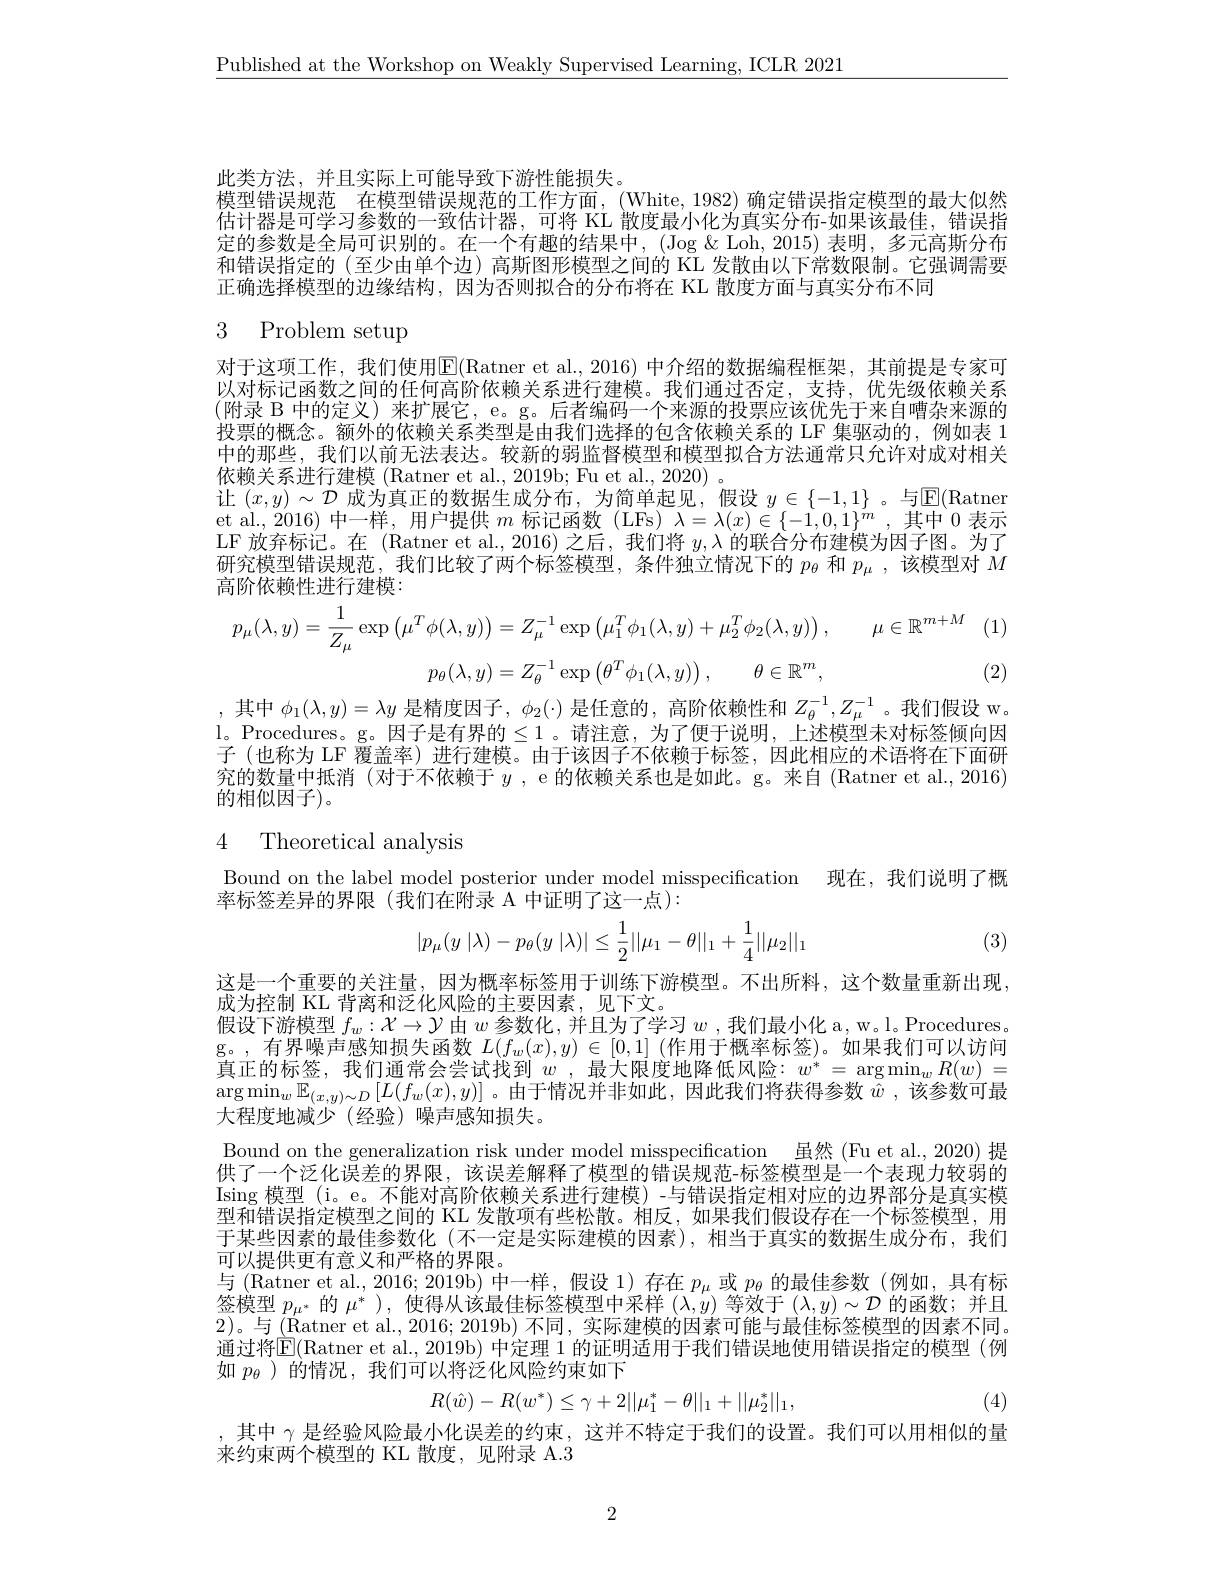
$\underline{\text{Published at the Workshop on Weakly Supervised Learning, ICLR 2021}}$

此类方法，并且实际上可能导致下游性能损失。
模型错误规范 在模型错误规范的工作方面，(White,1982)确定错误指定模型的最大似然估计器是可学习参数的一致估计器，可将 KL 散度最小化为真实分布-如果该最佳，错误指定的参数是全局可识别的。在一个有趣的结果中，(Jog & Loh, 2015) 表明，多元高斯分布和错误指定的(至少由单个边)高斯图形模型之间的 KL 发散由以下常数限制。它强调需要正确选择模型的边缘结构，因为否则拟合的分布将在 KL 散度方面与真实分布不同

# 3 Problem setup

对于这项工作，我们使用$\mathbb{E}($Ratner et al.,2016)中介绍的数据编程框架，其前提是专家可以对标记函数之间的任何高阶依赖关系进行建模。我们通过否定，支持，优先级依赖关系(附录 B 中的定义) 来扩展它，e。g。后者编码一个来源的投票应该优先于来自嘈杂来源的投票的概念。额外的依赖关系类型是由我们选择的包含依赖关系的 LF 集驱动的，例如表 1中的那些，我们以前无法表达。较新的弱监督模型和模型拟合方法通常只允许对成对相关依赖关系进行建模 (Ratner et al., 2019b; Fu et al., 2020) 。
让$(x,y)\sim\mathcal{D}$成为真正的数据生成分布，为简单起见，假设$y\in\{-1,1\}$ 。与$\mathbb{E}($Ratner et al., 2016) 中一样，用户提供$m$标记函数 (LFs) $\lambda=\lambda(x)\in\{-1,0,1\}^m$,其中0表示LF 放弃标记。在 (Ratner et al.,2016) 之后，我们将$y,\lambda$的联合分布建模为因子图。为了研究模型错误规范，我们比较了两个标签模型，条件独立情况下的$p_{\theta}$和$p_\mathrm{\mu}$ ,该模型对$M$ 高阶依赖性进行建模：
$$\mu(\lambda,y)=\frac{1}{Z_{\mu}}\exp\left(\mu^{T}\phi(\lambda,y)\right)=Z_{\mu}^{-1}\exp\left(\mu_{1}^{T}\phi_{1}(\lambda,y)+\mu_{2}^{T}\phi_{2}(\lambda,y)\right),\quad\mu\in\mathbb{R}^{m+M}\\p_{\theta}(\lambda,y)=Z_{\theta}^{-1}\exp\left(\theta^{T}\phi_{1}(\lambda,y)\right),\quad\theta\in\mathbb{R}^{m},$$
(2)

,其中$\phi_1(\lambda,y)=\lambda y$是精度因子，$\phi_2(\cdot)$是任意的，高阶依赖性和$Z_\theta^{-1},Z_\mu^{-1}$ 。我们假设 w。l。Procedures。g。因子是有界的$\leq1$。请注意，为了便于说明，上述模型未对标签倾向因子(也称为 LF 覆盖率) 进行建模。由于该因子不依赖于标签，因此相应的术语将在下面研究的数量中抵消 (对于不依赖于$y$, e 的依赖关系也是如此。g。来自 (Ratner et al., 2016) 的相似因子)。

4 Theoretical analysis

Bound on the label model posterior under model misspecification 现在，我们说明了概
率标签差异的界限(我们在附录 A 中证明了这一点):
$$\begin{aligned}|p_\mu(y\:|\lambda)-p_\theta(y\:|\lambda)|\leq\frac{1}{2}||\mu_1-\theta||_1+\frac{1}{4}||\mu_2||_1\end{aligned}$$
(3)

这是一个重要的关注量，因为概率标签用于训练下游模型。不出所料，这个数量重新出现，
成为控制 KL 背离和泛化风险的主要因素，见下文。
假设下游模型$f_w:\mathcal{X}\to\mathcal{Y}$由$w$参数化，并且为了学习$w$ ,我们最小化 a, w。l。Procedures g。,有界噪声感知损失函数$L(f_w(x),y)\in[0,1]$ (作用于概率标签)。如果我们可以访问真正的标签，我们通常会尝试找到$w$ ,最大限度地降低风险：$w^*=\arg\min_wR(w)=$ $\arg\min_w\mathbb{E}_{(x,y)\sim D}\left[L(f_w(x),y)\right]$。由于情况并非如此，因此我们将获得参数$\hat{w}$ ,该参数可最大程度地减少(经验)噪声感知损失。
Bound on the generalization risk under model misspecification 虽然 (Fu et al., 2020) 提供了一个泛化误差的界限，该误差解释了模型的错误规范-标签模型是一个表现力较弱的$\operatorname{Ising}$模型(i。e。不能对高阶依赖关系进行建模)-与错误指定相对应的边界部分是真实模型和错误指定模型之间的 KL 发散项有些松散。相反，如果我们假设存在一个标签模型，用于某些因素的最佳参数化(不一定是实际建模的因素),相当于真实的数据生成分布，我们可以提供更有意义和严格的界限。
与 (Ratner et al., 2016; 2019b) 中一样，假设 1) 存在$p_\mu$或$p_\theta$的最佳参数(例如，具有标签模型$p_{\mu^*}$的$\mu^*)$,使得从该最佳标签模型中采样$(\lambda,y)$等效于$(\lambda,y)\sim\mathcal{D}$的函数；并且2)。与 (Ratner et al., 2016; 2019b) 不同，实际建模的因素可能与最佳标签模型的因素不同。通过将$\widehat{\mathbb{E}}($Ratner et al., 2019b) 中定理 1 的证明适用于我们错误地使用错误指定的模型 (例如$p_{\theta}$ )的情况，我们可以将泛化风险约束如下
$$R(\hat{w})-R(w^*)\leq\gamma+2||\mu_1^*-\theta||_1+||\mu_2^*||_1,$$
(4)

,其中$\gamma$是经验风险最小化误差的约束，这并不特定于我们的设置。我们可以用相似的量
来约束两个模型的 KL 散度，见附录 A.3

2